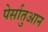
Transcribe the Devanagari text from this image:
पेर्सातुआन